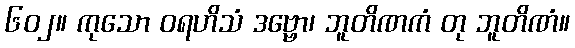
၆၀၂။ ကုသော ဝရဟိသံ ဒဗ္ဗော၊ ဘူတိဏကံ တု ဘူတိဏံ။